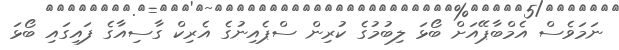
ނަމަވެސް އެމްބާޕޭއަށް ބޯޅަ ލިބުމުގެ ކުރިން ސްޕެއިނުގެ އެރިކް ގާސިއާގެ ފައިގައި ބޯޅަ